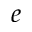
e